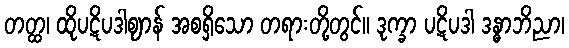
တတ္ထ၊ ထိုပဋိပဒါဈာန် အစရှိသော တရားတို့တွင်။ ဒုက္ခာ ပဋိပဒါ ဒန္ဓာဘိညာ၊